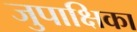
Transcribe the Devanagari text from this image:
जुपाक्षिका